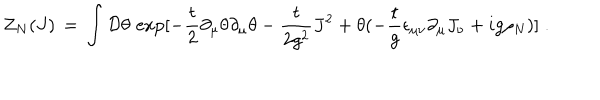
{ \cal Z } _ { N } ( J ) \, = \, \int { \cal D } \theta \, \exp [ - \frac { t } { 2 } \partial _ { \mu } \theta \partial _ { \mu } \theta - \frac { t } { 2 g ^ { 2 } } J ^ { 2 } + \theta ( - \frac { t } { g } \epsilon _ { \mu \nu } \partial _ { \mu } J _ { \nu } + i g \rho _ { N } ) ] \; .